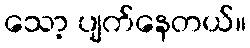
သော့ ပျက်နေတယ်။